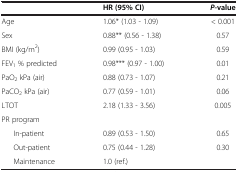
<table><thead><tr><td>[EMPTY_CELL]</td><td><b>HR(95% CI)</b></td><td><b><i>P</i>-value</b></td></tr></thead><tbody><tr><td>Age</td><td>1.06* (1.03 - 1.09)</td><td>&lt; 0.001</td></tr><tr><td>Sex</td><td>0.88** (0.56 - 1.38)</td><td>0.57</td></tr><tr><td>BMI (kg/m<sup>2</sup>)</td><td>0.99 (0.95 - 1.03)</td><td>0.59</td></tr><tr><td>FEV<sub>1</sub> % predicted</td><td>0.98*** (0.97 - 1.00)</td><td>0.01</td></tr><tr><td>PaO<sub>2</sub> kPa (air)</td><td>0.88 (0.73 - 1.07)</td><td>0.21</td></tr><tr><td>PaCO<sub>2</sub> kPa (air)</td><td>0.77 (0.59 - 1.01)</td><td>0.06</td></tr><tr><td>LTOT</td><td>2.18 (1.33 - 3.56)</td><td>0.005</td></tr><tr><td>PR program</td><td>[EMPTY_CELL]</td><td>[EMPTY_CELL]</td></tr><tr><td>In-patient</td><td>0.89 (0.53 - 1.50)</td><td>0.65</td></tr><tr><td>Out-patient</td><td>0.75 (0.44 - 1.28)</td><td>0.30</td></tr><tr><td>Maintenance</td><td>1.0 (ref.)</td><td>[EMPTY_CELL]</td></tr></tbody></table>